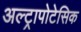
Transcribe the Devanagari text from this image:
अल्ट्रापोटेसिक